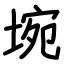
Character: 埦